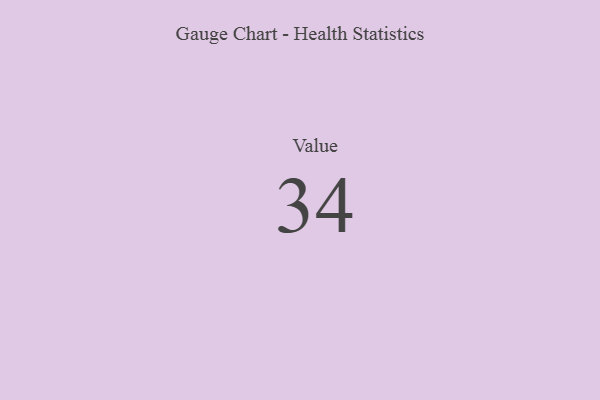
{"axis": {"x": "Metric", "y": "Value"}, "legend": [""], "data": [{"x": "Value", "y": 34, "type": ""}]}